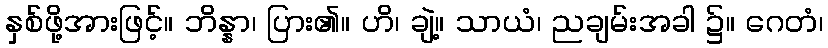
နှစ်ဖို့အားဖြင့်။ ဘိန္နာ၊ ပြား၏။ ဟိ၊ ချဲ့။ သာယံ၊ ညချမ်းအခါ ၌။ ဂေတံ၊